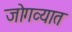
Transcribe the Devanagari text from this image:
जोगव्यात